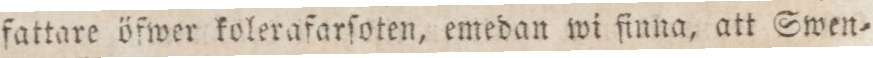
fattare öfwer kolerafarſoten, emedan wi finna, att Swen=